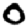
Digit: 0